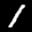
Label: 1